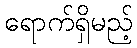
ရောက်ရှိမည့်